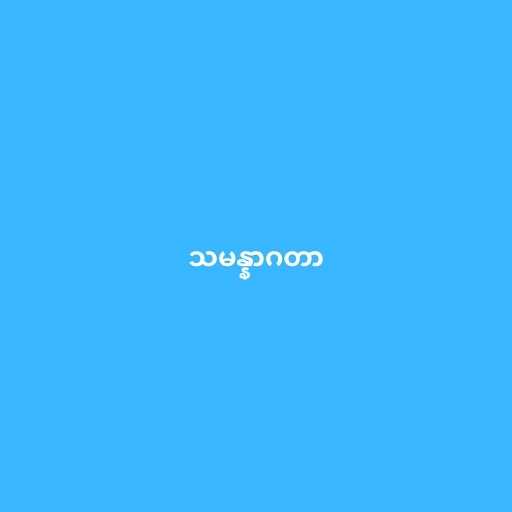
သမန္နာဂတာ